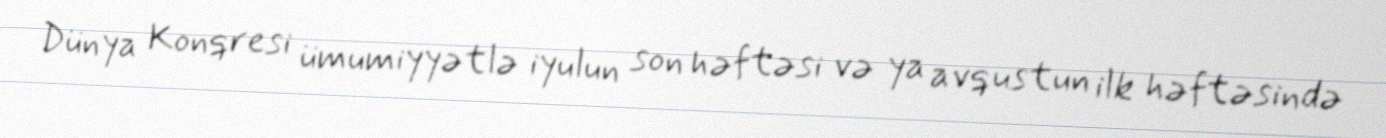
Dünya Konqresi ümumiyyətlə iyulun son həftəsi və ya avqustun ilk həftəsində